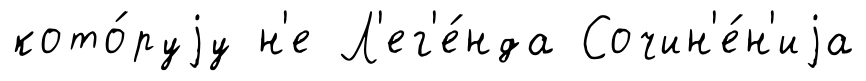
кото́руjу н'е Л'ег'е́нда Сочин'е́н'иjа